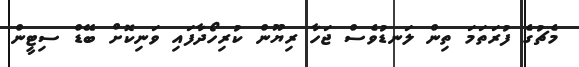
މެޗުގެ ފުރަތަމަ ތިން ލަނޑުވެސް ޖަހާ ރިޔޫން ކުރިހޯދާފައި ވަނިކޮށް ބޭޑް ސިޓީން